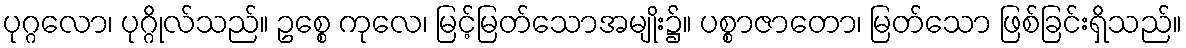
ပုဂ္ဂလော၊ ပုဂ္ဂိုလ်သည်။ ဥစ္စေ ကုလေ၊ မြင့်မြတ်သောအမျိုး၌။ ပစ္စာဇာတော၊ မြတ်သော ဖြစ်ခြင်းရှိသည်။